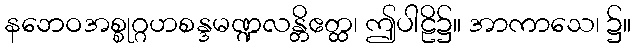
နဘေဝအစ္စုဂ္ဂဟစန္ဒမဏ္ဍလန္တိဧတ္ထ၊ ဤပါဠိ၌။ အာကာသေ၊ ၌။